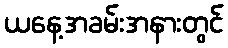
ယနေ့အခမ်းအနားတွင်